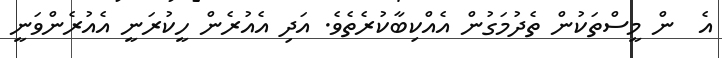
އެ  ން މީސްތަކުން ތެދުމަގުން އެއްކިބާކުރެތެވެ. އަދި އެއުރެން ހީކުރަނީ އެއުރެންވަނީ